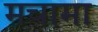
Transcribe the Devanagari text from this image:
मचामा